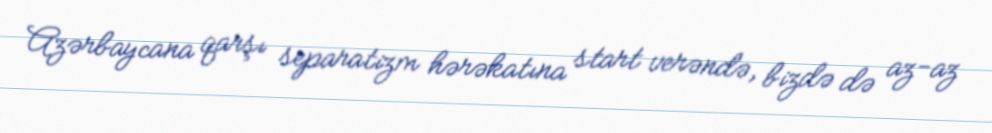
Azərbaycana qarşı separatizm hərəkatına start verəndə, bizdə də az-az